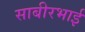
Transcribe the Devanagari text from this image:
साबीरभाई